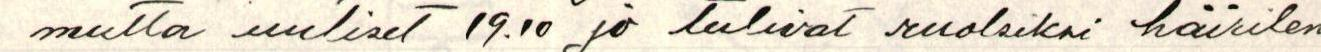
mutta uutiset 19.10 jo tulivat ruotsiksi häiriten